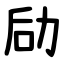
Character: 劶